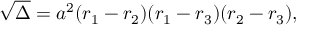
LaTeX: { \sqrt { \Delta } } = a ^ { 2 } ( r _ { 1 } - r _ { 2 } ) ( r _ { 1 } - r _ { 3 } ) ( r _ { 2 } - r _ { 3 } ) ,